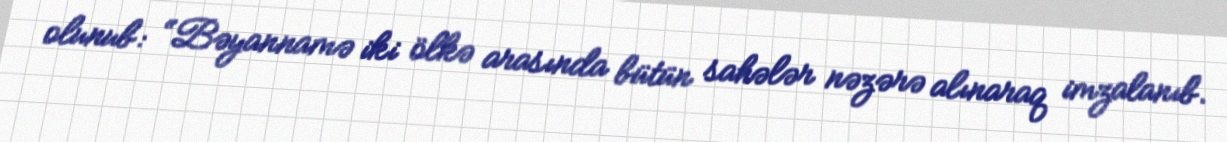
olunub: “Bəyannamə iki ölkə arasında bütün sahələr nəzərə alınaraq imzalanıb.